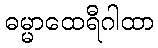
ဓမ္မာထေရီဂါထာ